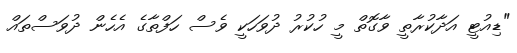
"ޑިއުޓީ އަދާކުރާތީ ވާގޮތް މީ ހުކުރު ދުވަހަކީ ވެސް ހަފްތާގެ އެހެން ދުވަސްތައް